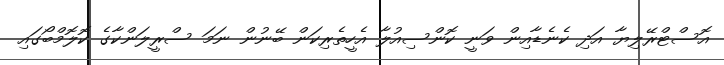
އޮސްޓްރޭލިޔާ އަދި ކެނެޑާއިން ވަނީ ކޮންސިއުލާ އެހީތެރިކަން ބޭނުން ނަމަ ސްރީލަންކާގެ ކޮލޮމްބޯގައި